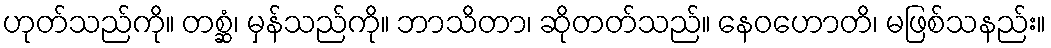
ဟုတ်သည်ကို။ တစ္ဆံ၊ မှန်သည်ကို။ ဘာသိတာ၊ ဆိုတတ်သည်။ နေဝဟောတိ၊ မဖြစ်သနည်း။